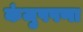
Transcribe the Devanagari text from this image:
कंजुषपणा